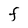
Character: F